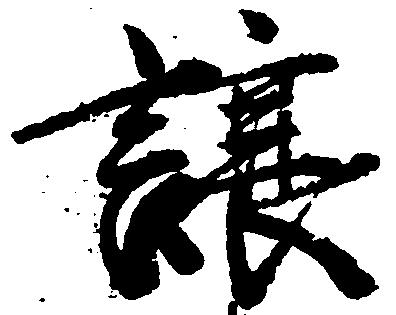
譲